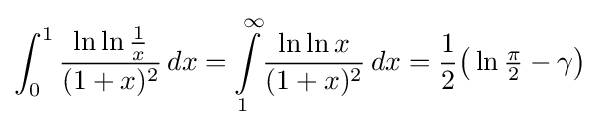
\int _{0}^{1}{\frac {\ln \ln {\frac {1}{x}}}{(1+x)^{2}}}\,dx=\int \limits _{1}^{\infty }\!{\frac {\ln \ln {x}}{(1+x)^{2}}}\,dx={\frac {1}{2}}{\bigl (}\ln {\tfrac {\pi }{2}}-\gamma {\bigr )}